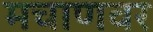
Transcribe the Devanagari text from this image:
मचाणवर